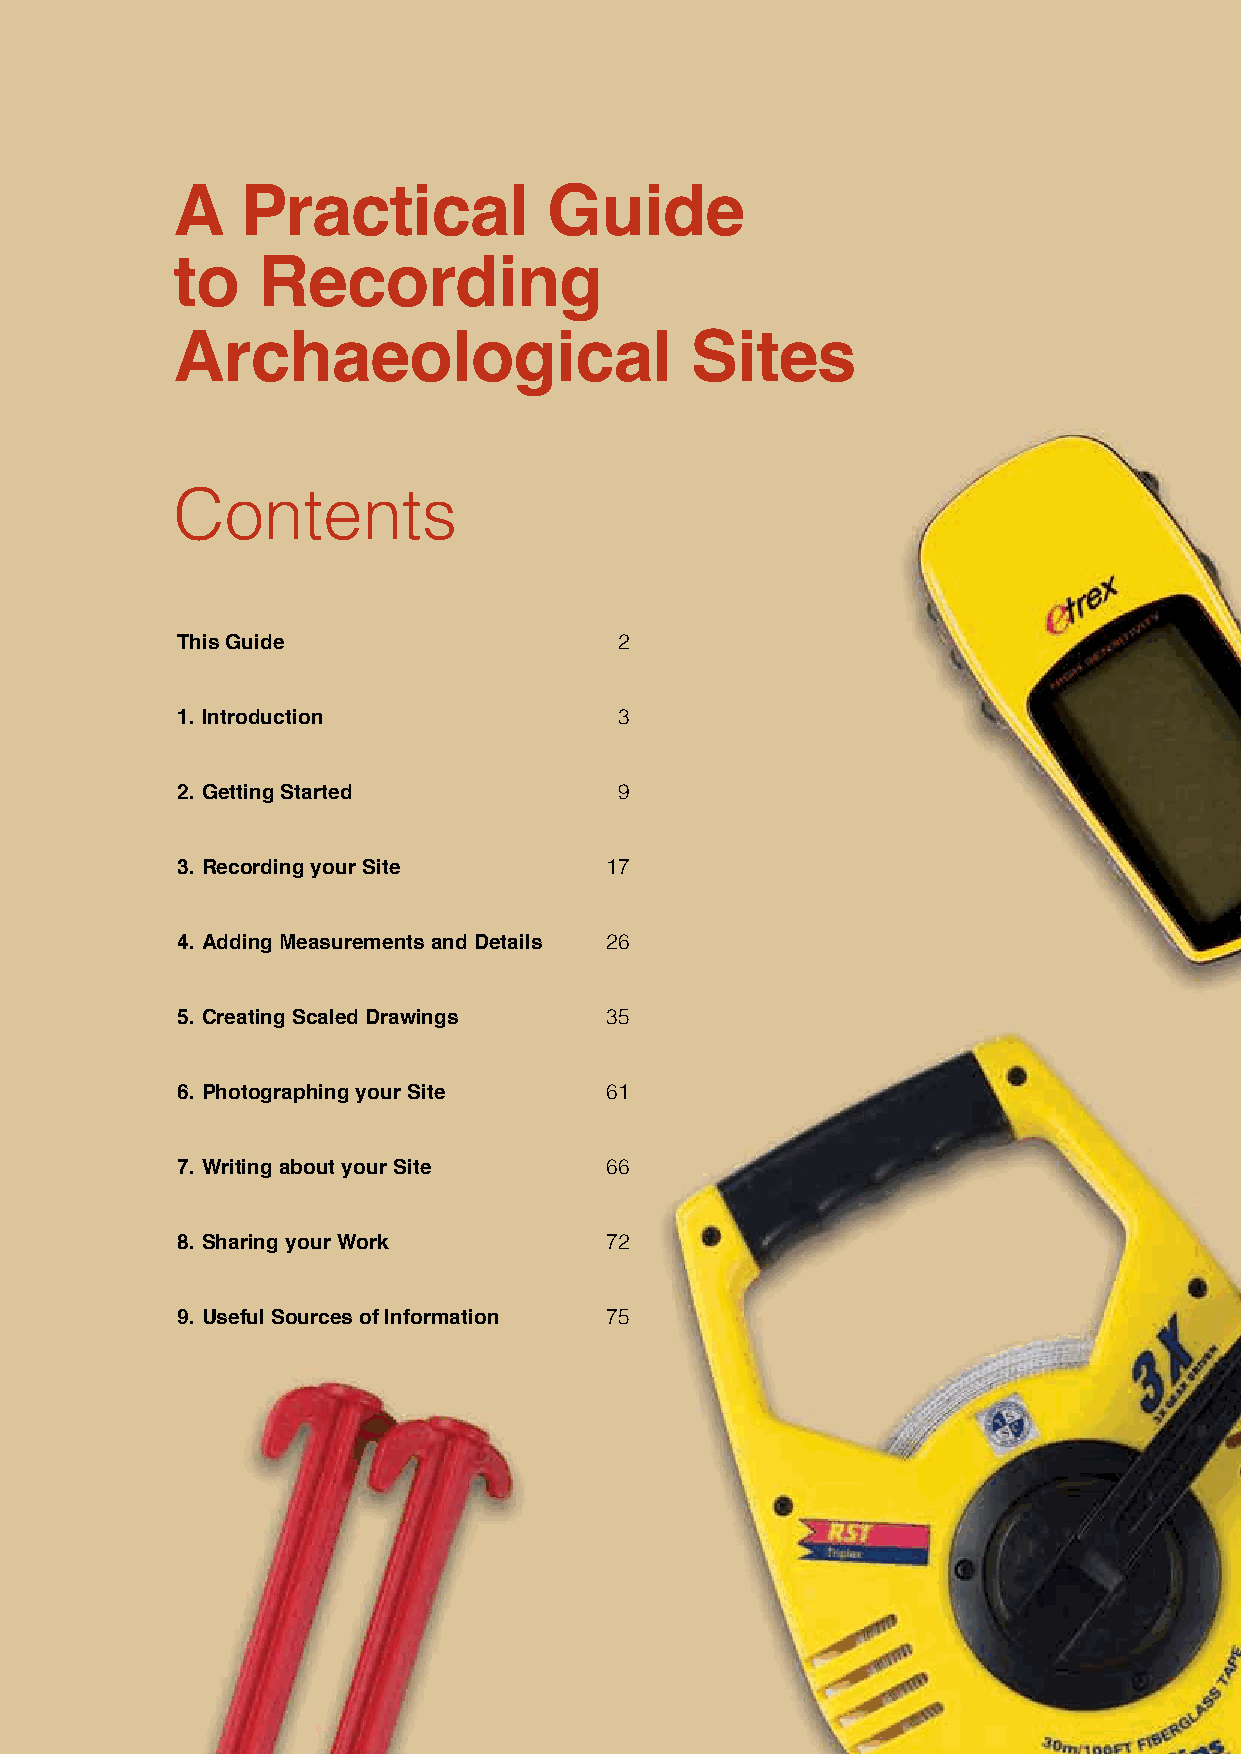
A    Practical           Guide
 to    Recording
 Archaeological                     Sites
 Contents
 This Guide                   2
 1. Introduction              3
 2. Getting Started           9
 3. Recording your Site      17
 4. Adding Measurements and Details 26
 5. Creating Scaled Drawings 35
 6. Photographing your Site  61
 7. Writing about your Site  66
 8. Sharing your Work        72
 9. Useful Sources of Information 75